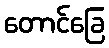
တောင်ခြေ